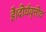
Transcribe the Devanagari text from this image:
है।दीर्घवृत्तीय